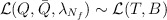
\begin{align*}{\cal L} (Q, \bar{Q}, \lambda_{N_{f}}) \sim {\cal L} (T, B)\end{align*}